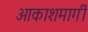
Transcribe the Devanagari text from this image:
आकाशमार्गी